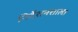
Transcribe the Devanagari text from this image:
निर्देशनशाला